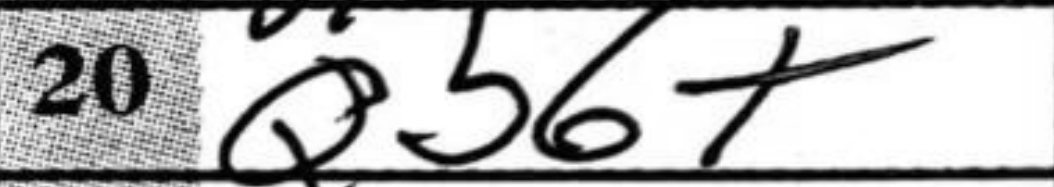
Transcription: Qb6+